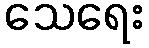
သေရေး